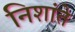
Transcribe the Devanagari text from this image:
निशांते